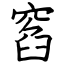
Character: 窞